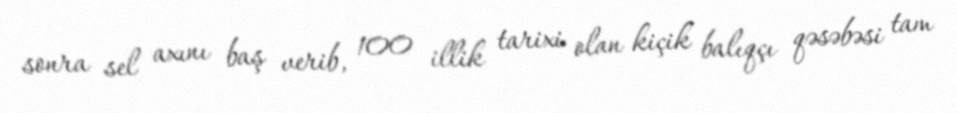
sonra sel axını baş verib, 100 illik tarixi olan kiçik balıqçı qəsəbəsi tam